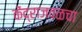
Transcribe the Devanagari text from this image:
केंद्राजवळचा